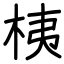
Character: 桋